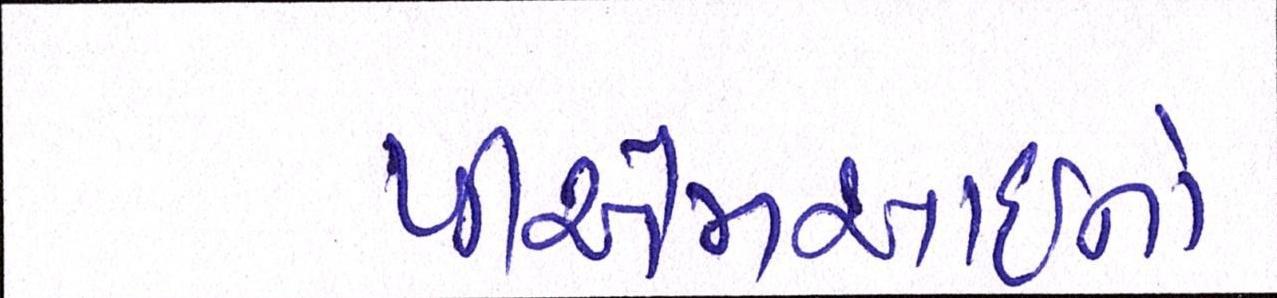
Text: પીએમઆઇનો